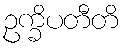
ဥက္ခိပတီတိ